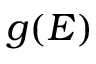
g ( E )